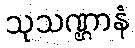
သုသဏ္ဌာနံ